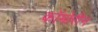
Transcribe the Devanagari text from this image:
कॉमोरीन